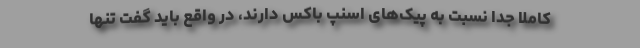
کاملا جدا نسبت به پیک‌های اسنپ باکس دارند، در واقع باید گفت تنها